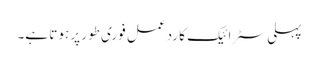
پہلی سٹرائیک کا ردعمل فوری طور پر ہوتا ہے۔